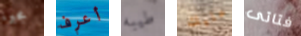
مجبرة أعرف طيبه عليك فتاتى